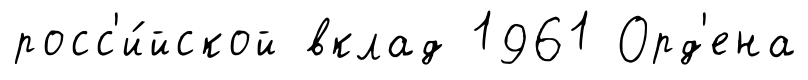
росс'и́йской вклад 1961 Орд'ена